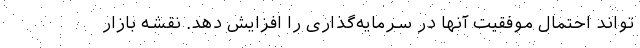
‌‌تواند احتمال موفقیت آنها در سرمایه‌‌گذاری را افزایش دهد. نقشه بازار